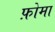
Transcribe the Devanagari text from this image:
फ़ोमा